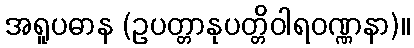
အရူပဓာန (ဥပတ္တာနုပတ္တိဝါရဝဏ္ဏနာ)။